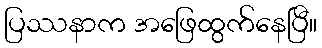
ပြဿနာက အဖြေထွက်နေပြီ။